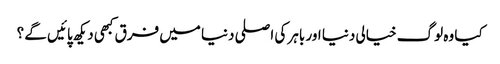
کیا وہ لوگ خیالی دنیا اور باہر کی اصلی دنیا میں فرق کبھی دیکھ پائیں گے ؟